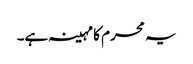
یہ محرم کا مہینہ ہے۔